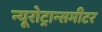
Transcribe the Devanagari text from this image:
न्यूरोट्रान्समीटर